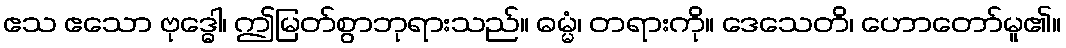
ဧသ ဧသော ဗုဒ္ဓေါ၊ ဤမြတ်စွာဘုရားသည်။ ဓမ္မံ၊ တရားကို။ ဒေသေတိ၊ ဟောတော်မူ၏။